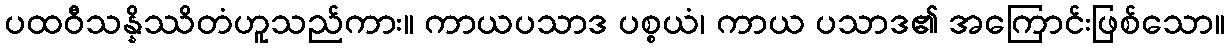
ပထဝီသန္နိဿိတံဟူသည်ကား။ ကာယပသာဒ ပစ္စယံ၊ ကာယ ပသာဒ၏ အကြောင်းဖြစ်သော။